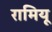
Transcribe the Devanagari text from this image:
रामियू